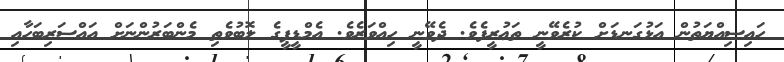
ހައިސިއްޔަތުން އަޅުގަނޑަށް ކުރެވޭނީ ތަޢުރީފެވެ. ދެވޭނީ ހިއްވަރެވެ. އެމްޑީޕީގެ ލޮބުވެތި މެންބަރުންނަށް އައްސަރިބަހާއި